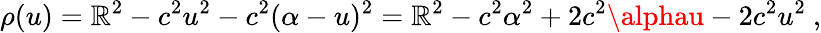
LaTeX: \rho(u)=\mathbb{R}^{2}-c^{2}u^{2}-c^{2}(\alpha-u)^{2}=\mathbb{R}^{2}-c^{2}\alpha^{2}+2c^{2}\alphau-2c^{2}u^{2}\ ,